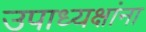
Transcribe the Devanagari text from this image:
उपाध्यक्षांना